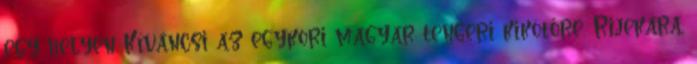
egy helyen Kíváncsi az egykori magyar tengeri kikötőre, Rijekára,